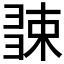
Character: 𢑧